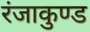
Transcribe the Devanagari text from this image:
रंजाकुण्ड